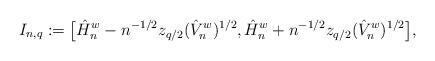
LaTeX: \begin{align*}I_{n,q} := \bigl[\hat{H}_n^w - n^{-1/2}z_{q/2}(\hat{V}_n^w)^{1/2},\hat{H}_n^w + n^{-1/2}z_{q/2}(\hat{V}_n^w)^{1/2}\bigr],\end{align*}